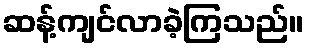
ဆန့်ကျင်လာခဲ့ကြသည်။